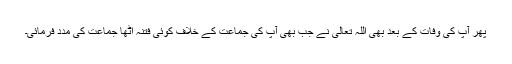
پھر آپؑ کی وفات کے بعد بھی اللہ تعالیٰ نے جب بھی آپ کی جماعت کے خلاف کوئی فتنہ اٹھا جماعت کی مدد فرمائی۔